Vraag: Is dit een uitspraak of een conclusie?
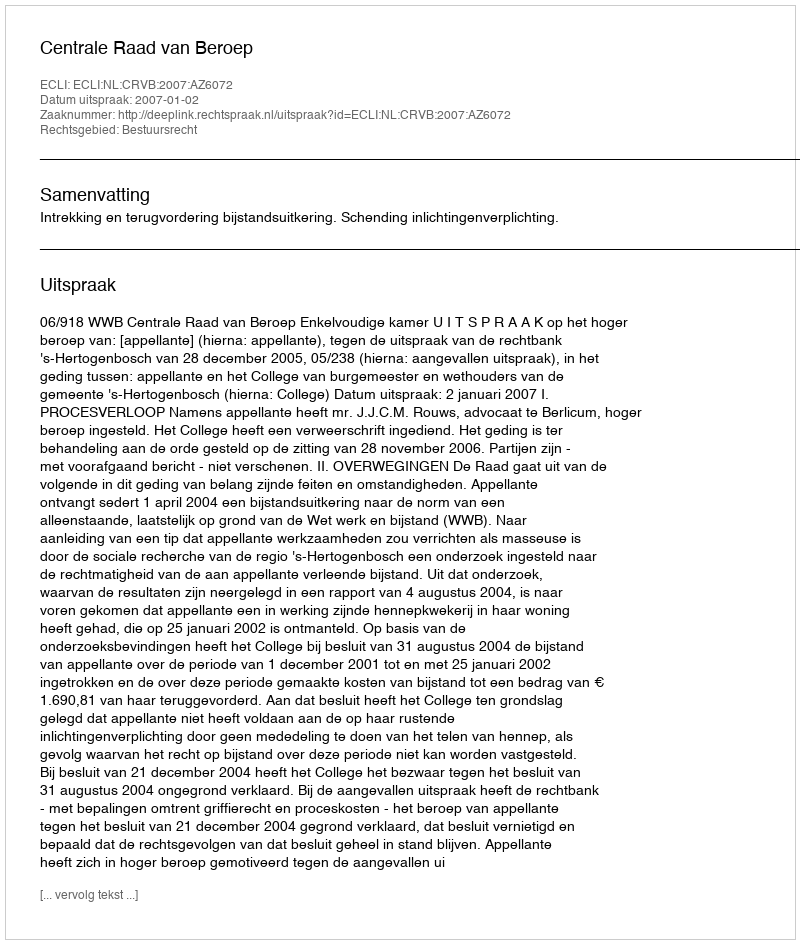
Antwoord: Uitspraak